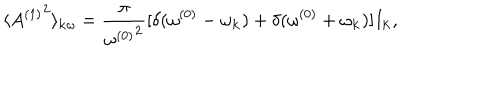
\langle { A ^ { ( 1 ) } } ^ { 2 } \rangle _ { { \bf k } \omega } = { \frac { \pi } { { \omega ^ { ( 0 ) } } ^ { 2 } } } [ \delta ( \omega ^ { ( 0 ) } - \omega _ { \bf k } ) + \delta ( \omega ^ { ( 0 ) } + \omega _ { \bf k } ) ] I _ { \bf k } ,